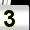
Digit: 3